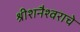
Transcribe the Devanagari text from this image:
श्रीशनैश्वराचे